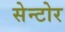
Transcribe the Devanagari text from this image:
सेन्टोर